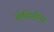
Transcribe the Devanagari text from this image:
योगिनींना